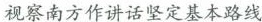
视察南方作讲话坚定基本路线